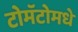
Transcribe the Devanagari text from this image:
टोमॅटोमधे